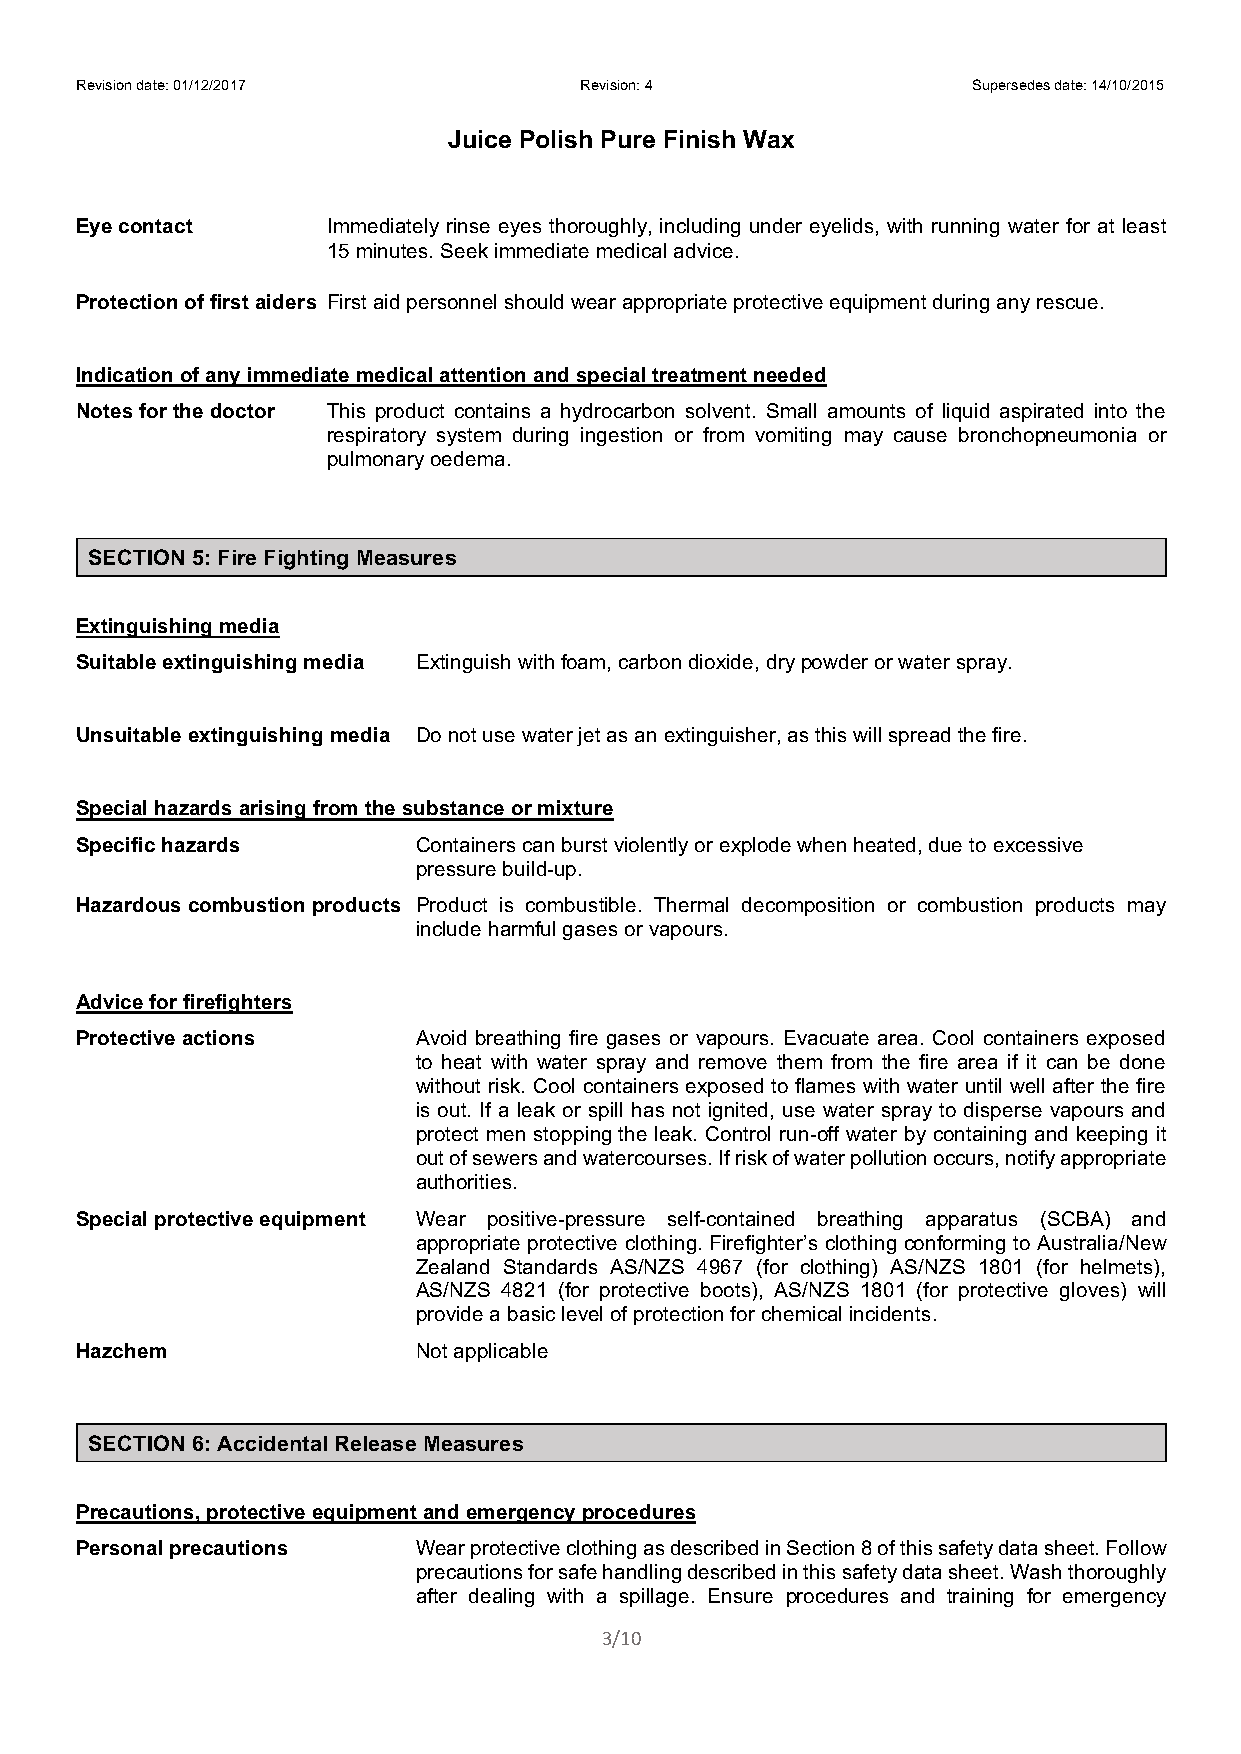
Revision date: 01/12/2017        Revision: 4               Supersedes date: 14/10/2015
 Juice Polish Pure Finish Wax
 Eye contact      Immediately rinse eyes thoroughly, including under eyelids, with running water for at least
 15 minutes. Seek immediate medical advice.
 Protection of first aiders First aid personnel should wear appropriate protective equipment during any rescue.
 Indication of any immediate medical attention and special treatment needed
 Notes for the doctor This product contains a hydrocarbon solvent. Small amounts of liquid aspirated into the
 respiratory system during ingestion or from vomiting may cause bronchopneumonia or
 pulmonary oedema.
 SECTION 5: Fire Fighting Measures
 Extinguishing media
 Suitable extinguishing media Extinguish with foam, carbon dioxide, dry powder or water spray.
 Unsuitable extinguishing media Do not use water jet as an extinguisher, as this will spread the fire.
 Special hazards arising from the substance or mixture
 Specific hazards       Containers can burst violently or explode when heated, due to excessive
 pressure build-up.
 Hazardous combustion products Product is combustible. Thermal decomposition or combustion products may
 include harmful gases or vapours.
 Advice for firefighters
 Protective actions     Avoid breathing fire gases or vapours. Evacuate area. Cool containers exposed
 to heat with water spray and remove them from the fire area if it can be done
 without risk. Cool containers exposed to flames with water until well after the fire
 is out. If a leak or spill has not ignited, use water spray to disperse vapours and
 protect men stopping the leak. Control run-off water by containing and keeping it
 out of sewers and watercourses. If risk of water pollution occurs, notify appropriate
 authorities.
 Special protective equipment Wear positive-pressure self-contained breathing apparatus (SCBA) and
 appropriate protective clothing. Firefighter’s clothing conforming to Australia/New
 Zealand Standards AS/NZS 4967 (for clothing) AS/NZS 1801 (for helmets),
 AS/NZS 4821 (for protective boots), AS/NZS 1801 (for protective gloves) will
 provide a basic level of protection for chemical incidents.
 Hazchem                Not applicable
 SECTION 6: Accidental Release Measures
 Precautions, protective equipment and emergency procedures
 Personal precautions   Wear protective clothing as described in Section 8 of this safety data sheet. Follow
 precautions for safe handling described in this safety data sheet. Wash thoroughly
 after dealing with a spillage. Ensure procedures and training for emergency
 3/10